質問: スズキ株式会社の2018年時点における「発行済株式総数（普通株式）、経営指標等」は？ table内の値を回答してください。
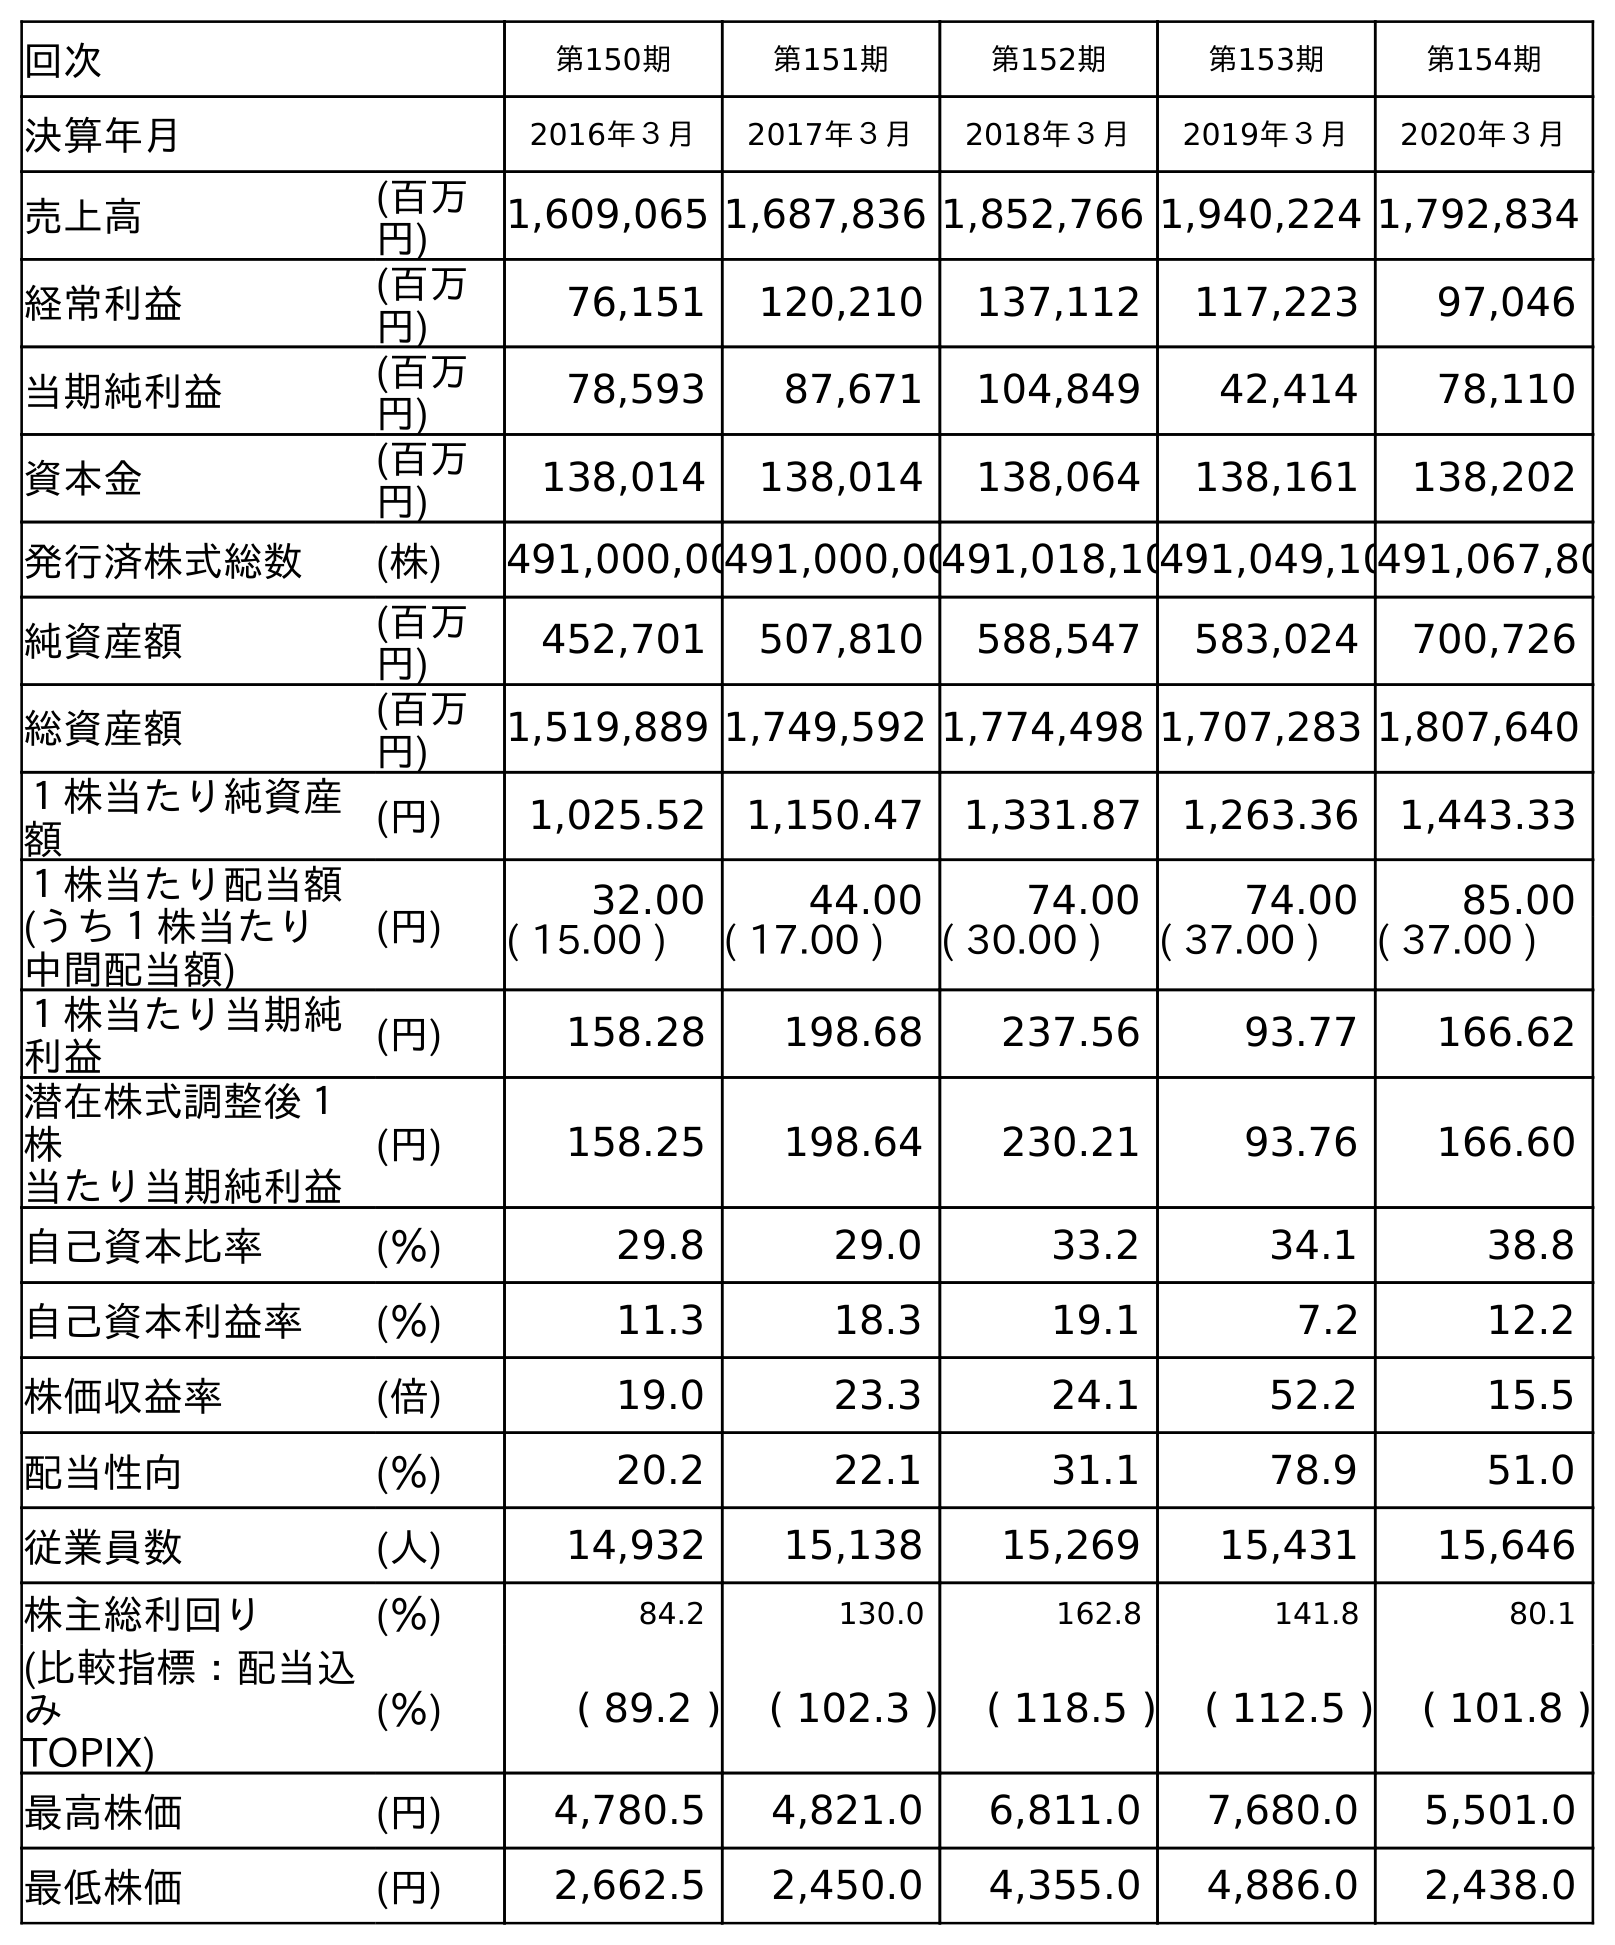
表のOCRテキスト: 回次 第150期 第151期 第152期 第153期 第154期 決算年月 2016年３月 2017年３月 2018年３月 2019年３月 2020年３月 売上高 (百万 円) 1,609,065 1,687,836 1,852,766 1,940,224 1,792,834 経常利益 (百万 円) 76,151 120,210 137,112 117,223 97,046 当期純利益 (百万 円) 78,593 87,671 104,849 42,414 78,110 資本金 (百万 円) 138,014 138,014 138,064 138,161 138,202 発行済株式総数 (株) 491,000,00491,000,00491,018,10491,049,10491,067,80 純資産額 (百万 円) 452,701 507,810 588,547 583,024 700,726 総資産額 (百万 円) 1,519,889 1,749,592 1,774,498 1,707,283 1,807,640 １株当たり純資産 額 (円) 1,025.52 1,150.47 1,331.87 1,263.36 1,443.33 １株当たり配当額 (うち１株当たり 中間配当額) (円) 32.00 44.00 74.00 74.00 85.00 ( 15.00 ) ( 17.00 ) ( 30.00 ) ( 37.00 ) ( 37.00 ) １株当たり当期純 利益 (円) 158.28 198.68 237.56 93.77 166.62 潜在株式調整後１ 株 当たり当期純利益 (円) 158.25 198.64 230.21 93.76 166.60 自己資本比率 (％) 29.8 29.0 33.2 34.1 38.8 自己資本利益率 (％) 11.3 18.3 19.1 7.2 12.2 株価収益率 (倍) 19.0 23.3 24.1 52.2 15.5 配当性向 (％) 20.2 22.1 31.1 78.9 51.0 従業員数 (人) 14,932 15,138 15,269 15,431 15,646 株主総利回り (％) 84.2 130.0 162.8 141.8 80.1 (比較指標：配当込 み TOPIX) (％) ( 89.2 ) ( 102.3 ) ( 118.5 ) ( 112.5 ) ( 101.8 ) 最高株価 (円) 4,780.5 4,821.0 6,811.0 7,680.0 5,501.0 最低株価 (円) 2,662.5 2,450.0 4,355.0 4,886.0 2,438.0
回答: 491,018,100